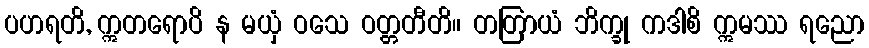
ပဟရတိ, ဣတရောပိ န မယှံ ဝသေ ဝတ္တတီတိ။ တတြာယံ ဘိက္ခု ကဒါစိ ဣမဿ ရညော